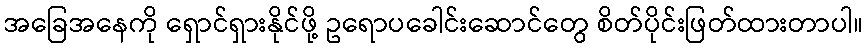
အခြေအနေကို ရှောင်ရှားနိုင်ဖို့ ဥရောပခေါင်းဆောင်တွေ စိတ်ပိုင်းဖြတ်ထားတာပါ။